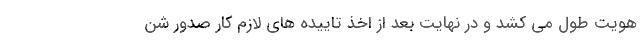
هویت طول می کشد و در نهایت بعد از اخذ تاییده های لازم کار صدور شن